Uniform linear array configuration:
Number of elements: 64
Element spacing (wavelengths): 0.75
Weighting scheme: kaiser
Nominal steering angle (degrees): -30
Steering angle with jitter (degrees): -28.917
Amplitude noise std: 0.05
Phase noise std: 0.05

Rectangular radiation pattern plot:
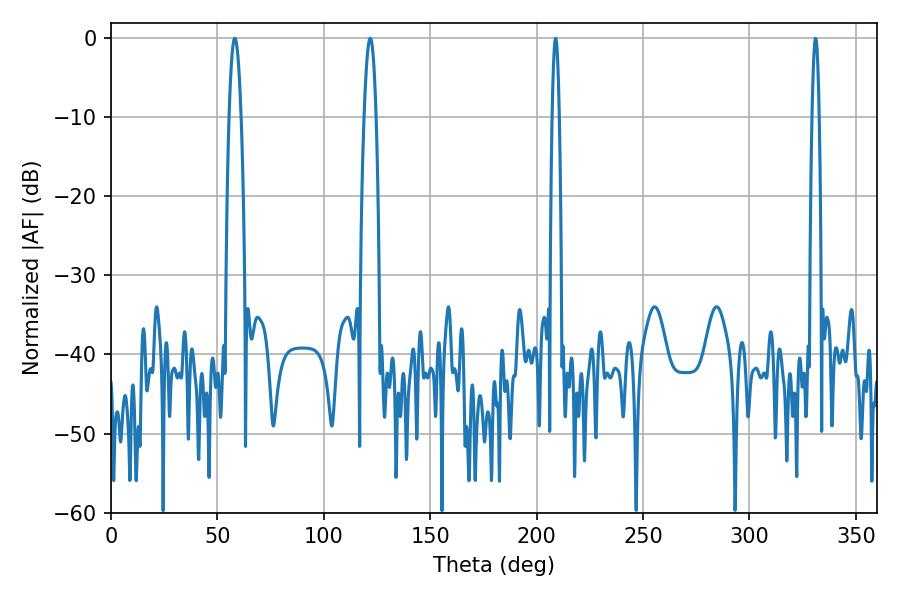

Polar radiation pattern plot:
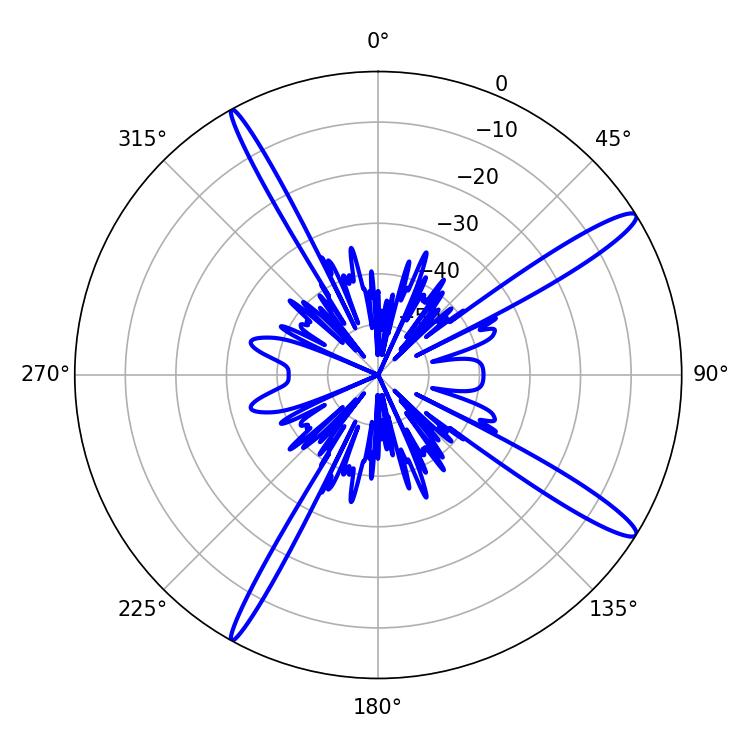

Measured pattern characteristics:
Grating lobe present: TRUE
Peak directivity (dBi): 14.823
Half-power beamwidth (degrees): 3.06
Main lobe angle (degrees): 58.14